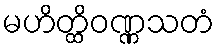
မဟိတ္ထိဝဏ္ဏသတံ